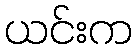
ယင်းက